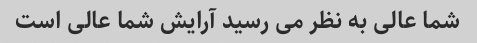
شما عالی به نظر می رسید آرایش شما عالی است